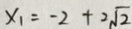
x _ { 1 } = - 2 + 2 \sqrt { 2 }